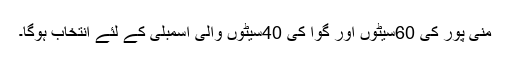
منی پور کی 60سیٹوں اور گوا کی 40سیٹوں والی اسمبلی کے لئے انتخاب ہوگا۔